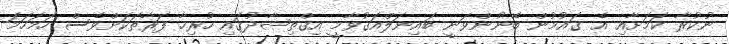
ނުކުރާ ކަމަށާއި އެ ޤައުމުން ބޭނުންވަނީ ބައިނަލްއަޤުވާމީ އިޤްތިޞާދުގައި ހުރިހާ ފަރާތަކަށްވެސް ހަމަހަމަ